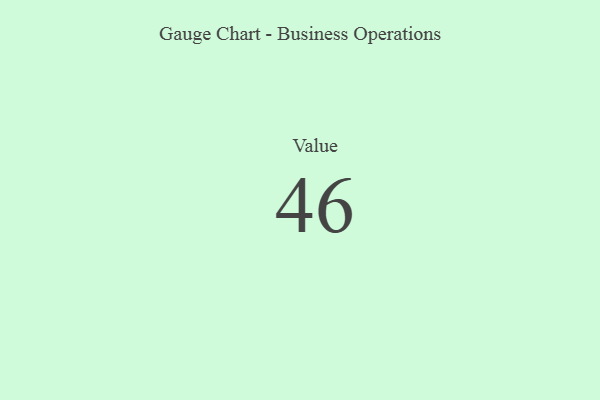
{"axis": {"x": "Metric", "y": "Value"}, "legend": [""], "data": [{"x": "Value", "y": 46, "type": ""}]}